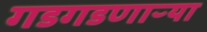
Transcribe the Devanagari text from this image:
गडगडणाऱ्या